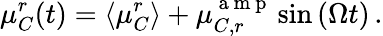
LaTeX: \mu_{C}^{r}(t)=\langle\mu_{C}^{r}\rangle+\mu_{C,r}^{\mathrm{~a~m~p~}}\sin{\left(\Omega t\right)}\, .